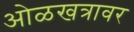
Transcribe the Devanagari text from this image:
ओळखत्रावर